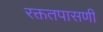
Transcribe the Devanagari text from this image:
रक्ततपासणी